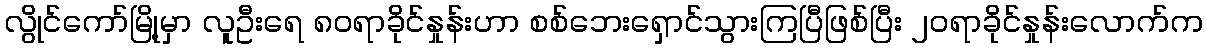
လွိုင်ကော်မြို့မှာ လူဦးရေ ၈၀ရာခိုင်နှုန်းဟာ စစ်ဘေးရှောင်သွားကြပြီဖြစ်ပြီး ၂၀ရာခိုင်နှုန်းလောက်က